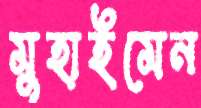
মুহাইমেন